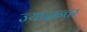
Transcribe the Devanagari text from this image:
ज्यादान्तर